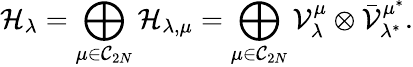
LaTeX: \mathcal{H}_{\lambda}=\bigoplus_{\mu\in\mathcal{C}_{2N}}\mathcal{H}_{\lambda,\mu}=\bigoplus_{\mu\in\mathcal{C}_{2N}}\mathcal{V}_{\lambda}^{\mu}\otimes\bar{\mathcal{V}}_{\lambda^{*}}^{\mu^{*}}.